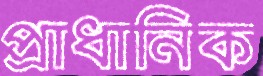
প্রাধানিক